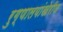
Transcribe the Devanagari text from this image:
रुग्णालयांखेरीज